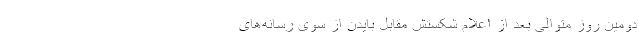
دومین روز متوالی بعد از اعلام شکستش مقابل بایدن از سوی رسانه‌های